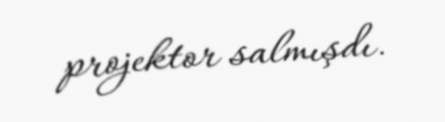
projektor salmışdı.